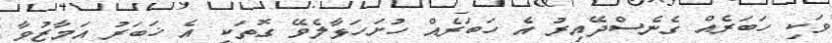
ވަކި ހަބަރެއް ގެނެސްދޭއިރު އެ ހަބަރެއް ހުށަހަޅާލެވޭ ގޮތަކީ އެ ޚަބަރު އަމާޒުވާ